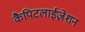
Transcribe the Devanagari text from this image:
कैपिटलाईज़ेशन